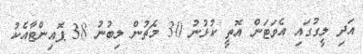
އަދި ލީގުގައި އެވަޓަން އޮތީ ކުޅުނު 30 މެޗުން ލިބުނު 38 ޕޮއިންޓާއެކު